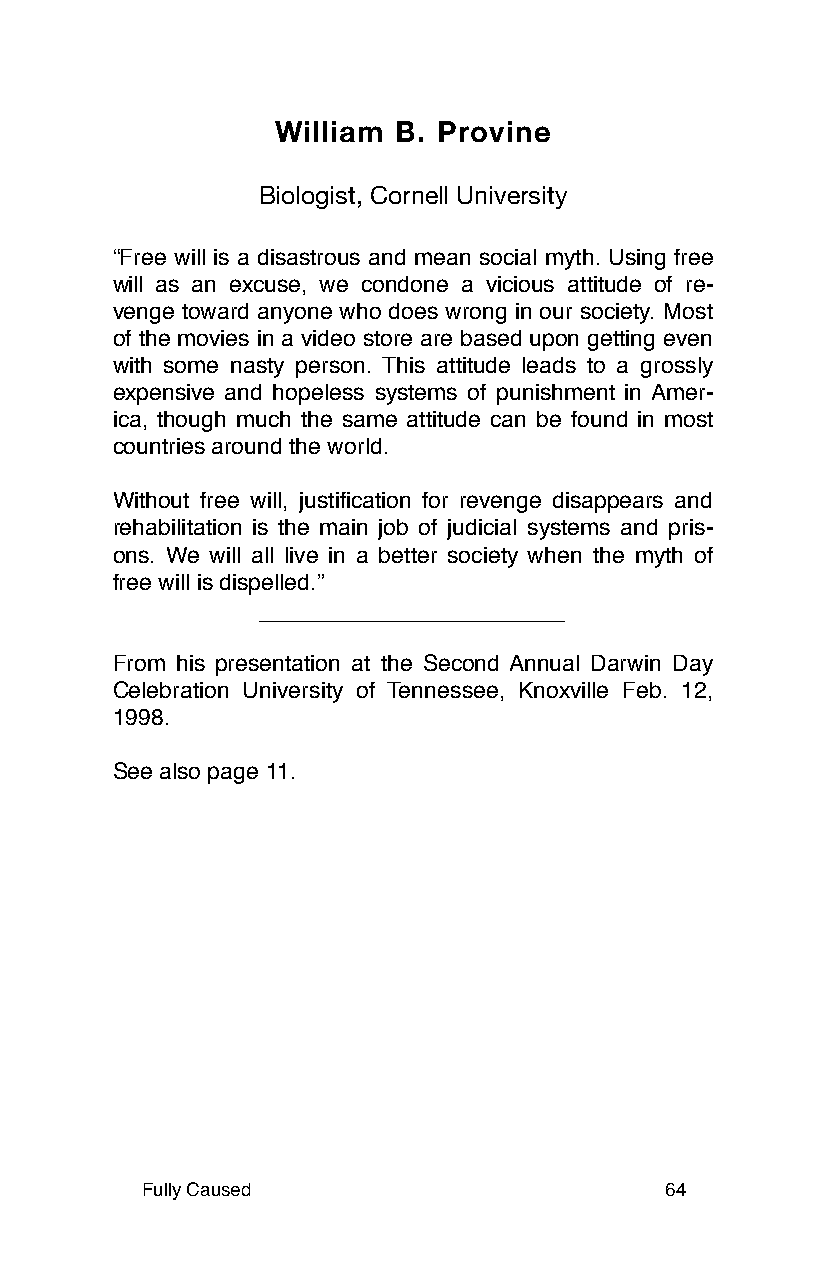
William B. Provine
 Biologist, Cornell University
 “Free will is a disastrous and mean social myth. Using free
 will as an excuse, we condone a vicious attitude of re-
 venge toward anyone who does wrong in our society. Most
 of the movies in a video store are based upon getting even
 with some nasty person. This attitude leads to a grossly
 expensive and hopeless systems of punishment in Amer-
 ica, though much the same attitude can be found in most
 countries around the world.
 Without free will, justification for revenge disappears and
 rehabilitation is the main job of judicial systems and pris-
 ons. We will all live in a better society when the myth of
 free will is dispelled.”
 From his presentation at the Second Annual Darwin Day
 Celebration University of Tennessee, Knoxville Feb. 12,
 1998.
 See also page 11.
 Fully Caused                       64